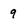
Character: 9